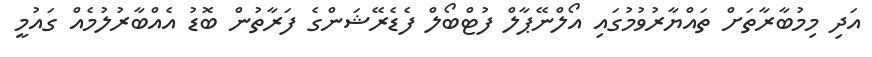
އަދި މިމުބާރާތަށް ތައްޔާރުވުމުގައި އޯލްނޭޕާލް ފުޓްބޯލް ފެޑެރޭޝަންގެ ފަރާތުން ބޮޑު އެއްބާރުލުމެއް ގައުމީ